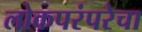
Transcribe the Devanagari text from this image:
लोकपरंपरेचा